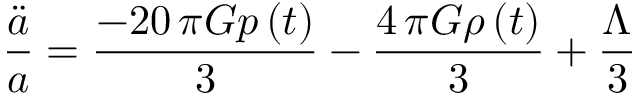
\frac { \ddot { a } } { a } = \frac { - 2 0 \, \pi G p \left( t \right) } { 3 } - \frac { 4 \, \pi G \rho \left( t \right) } { 3 } + \frac { \Lambda } { 3 }